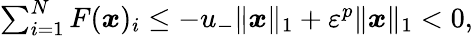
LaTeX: \begin{array}{r}{\sum_{i=1}^{N}F({\boldsymbol x})_{i}\leq-u_{-}\| {\boldsymbol x}\| _{1}+\varepsilon^{p}\| {\boldsymbol x}\| _{1}<0,}\end{array}